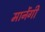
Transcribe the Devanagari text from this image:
मानेंगी